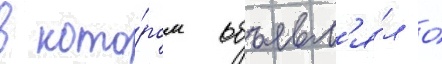
в кото́ром объявл'я́л о́